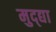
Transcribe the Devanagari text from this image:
मुद्द्या